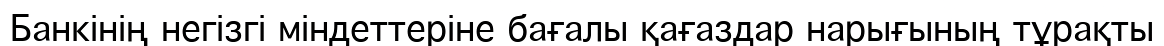
Банкінің негізгі міндеттеріне бағалы қағаздар нарығының тұрақты